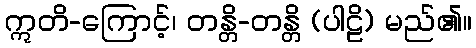
ဣတိ-ကြောင့်၊ တန္တိ-တန္တိ (ပါဠိ) မည်၏။